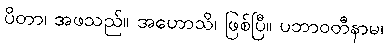
ပိတာ၊ အဖသည်။ အဟောသိ၊ ဖြစ်ပြီ။ ပဘာဝတီနာမ၊